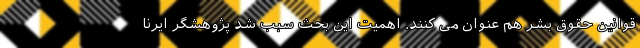
قوانین حقوق بشر هم عنوان می کنند. اهمیت این بحث سبب شد پژوهشگر ایرنا